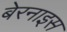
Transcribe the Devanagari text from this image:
बेरनाइस